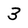
Character: 3